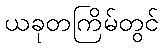
ယခုတကြိမ်တွင်